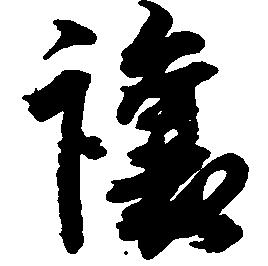
譲